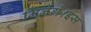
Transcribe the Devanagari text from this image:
मिलेंगे।इस